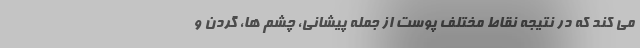
می کند که در نتیجه نقاط مختلف پوست از جمله پیشانی، چشم ها، گردن و